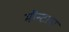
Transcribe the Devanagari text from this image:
मौन्टाना